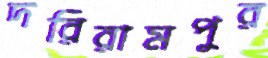
দরিরামপুর